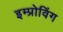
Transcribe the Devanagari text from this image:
इम्प्रोविंग